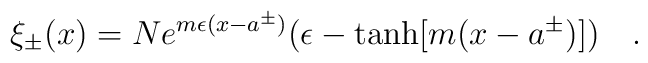
\xi _{\pm }(x)=Ne^{m\epsilon (x-a^{\pm })}(\epsilon -\tanh [m(x-a^{\pm })])\quad .